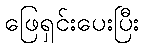
ဖြေရှင်းပေးပြီး